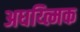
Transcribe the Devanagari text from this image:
अधय्त्मिक